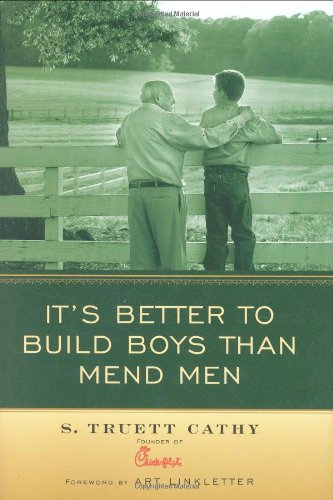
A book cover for It's Better to Build Boys than Mend Men; S. Truett Cathy; Parenting & Relationships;